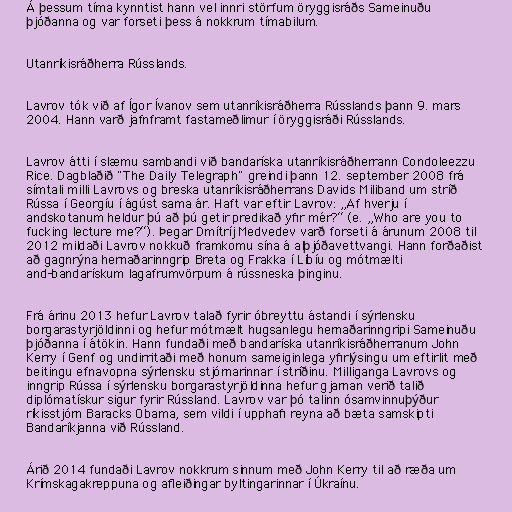
Á þessum tíma kynntist hann vel innri störfum öryggisráðs Sameinuðu
þjóðanna og var forseti þess á nokkrum tímabilum.

Utanríkisráðherra Rússlands.

Lavrov tók við af Ígor Ívanov sem utanríkisráðherra Rússlands þann 9. mars
2004. Hann varð jafnframt fastameðlimur í öryggisráði Rússlands.

Lavrov átti í slæmu sambandi við bandaríska utanríkisráðherrann Condoleezzu
Rice. Dagblaðið "The Daily Telegraph" greindi þann 12. september 2008 frá
símtali milli Lavrovs og breska utanríkisráðherrans Davids Miliband um stríð
Rússa í Georgíu í ágúst sama ár. Haft var eftir Lavrov: „Af hverju í
andskotanum heldur þú að þú getir predikað yfir mér?“ (e. „Who are you to
fucking lecture me?“). Þegar Dmítríj Medvedev varð forseti á árunum 2008 til
2012 mildaði Lavrov nokkuð framkomu sína á alþjóðavettvangi. Hann forðaðist
að gagnrýna hernaðarinngrip Breta og Frakka í Líbíu og mótmælti
and-bandarískum lagafrumvörpum á rússneska þinginu.

Frá árinu 2013 hefur Lavrov talað fyrir óbreyttu ástandi í sýrlensku
borgarastyrjöldinni og hefur mótmælt hugsanlegu hernaðarinngripi Sameinuðu
þjóðanna í átökin. Hann fundaði með bandaríska utanríkisráðherranum John
Kerry í Genf og undirritaði með honum sameiginlega yfirlýsingu um eftirlit með
beitingu efnavopna sýrlensku stjórnarinnar í stríðinu. Milliganga Lavrovs og
inngrip Rússa í sýrlensku borgarastyrjöldinna hefur gjarnan verið talið
diplómatískur sigur fyrir Rússland. Lavrov var þó talinn ósamvinnuþýður
ríkisstjórn Baracks Obama, sem vildi í upphafi reyna að bæta samskipti
Bandaríkjanna við Rússland.

Árið 2014 fundaði Lavrov nokkrum sinnum með John Kerry til að ræða um
Krímskagakreppuna og afleiðingar byltingarinnar í Úkraínu.